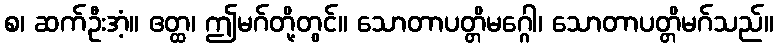
စ၊ ဆက်ဦးအံ့။ ဧတ္ထ၊ ဤမဂ်တို့တွင်။ သောတာပတ္တိမဂ္ဂေါ၊ သောတာပတ္တိမဂ်သည်။